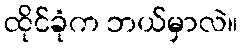
ထိုင်ခုံက ဘယ်မှာလဲ။